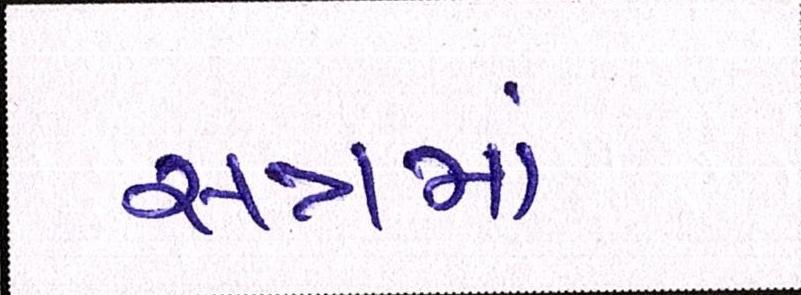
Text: સત્રમાં